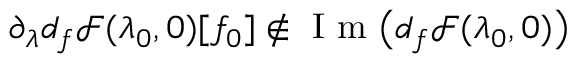
\partial _ { \lambda } d _ { f } \mathscr { F } ( \lambda _ { 0 } , 0 ) [ f _ { 0 } ] \notin \textnormal { I m } \big ( d _ { f } \mathscr { F } ( \lambda _ { 0 } , 0 ) \big )